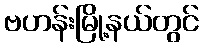
ဗဟန်းမြို့နယ်တွင်